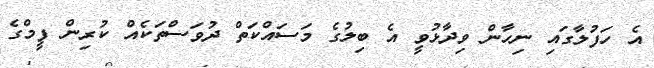
އެ ހަފުލާގައި ނިހާން ވިދާޅުވީ އެ ބިލުގެ މަސައްކަތް ދުވަސްތަކެއް ކުރިން ފީމްގެ